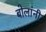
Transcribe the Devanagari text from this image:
बोलांनी